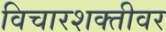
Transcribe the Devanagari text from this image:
विचारशक्तीवर